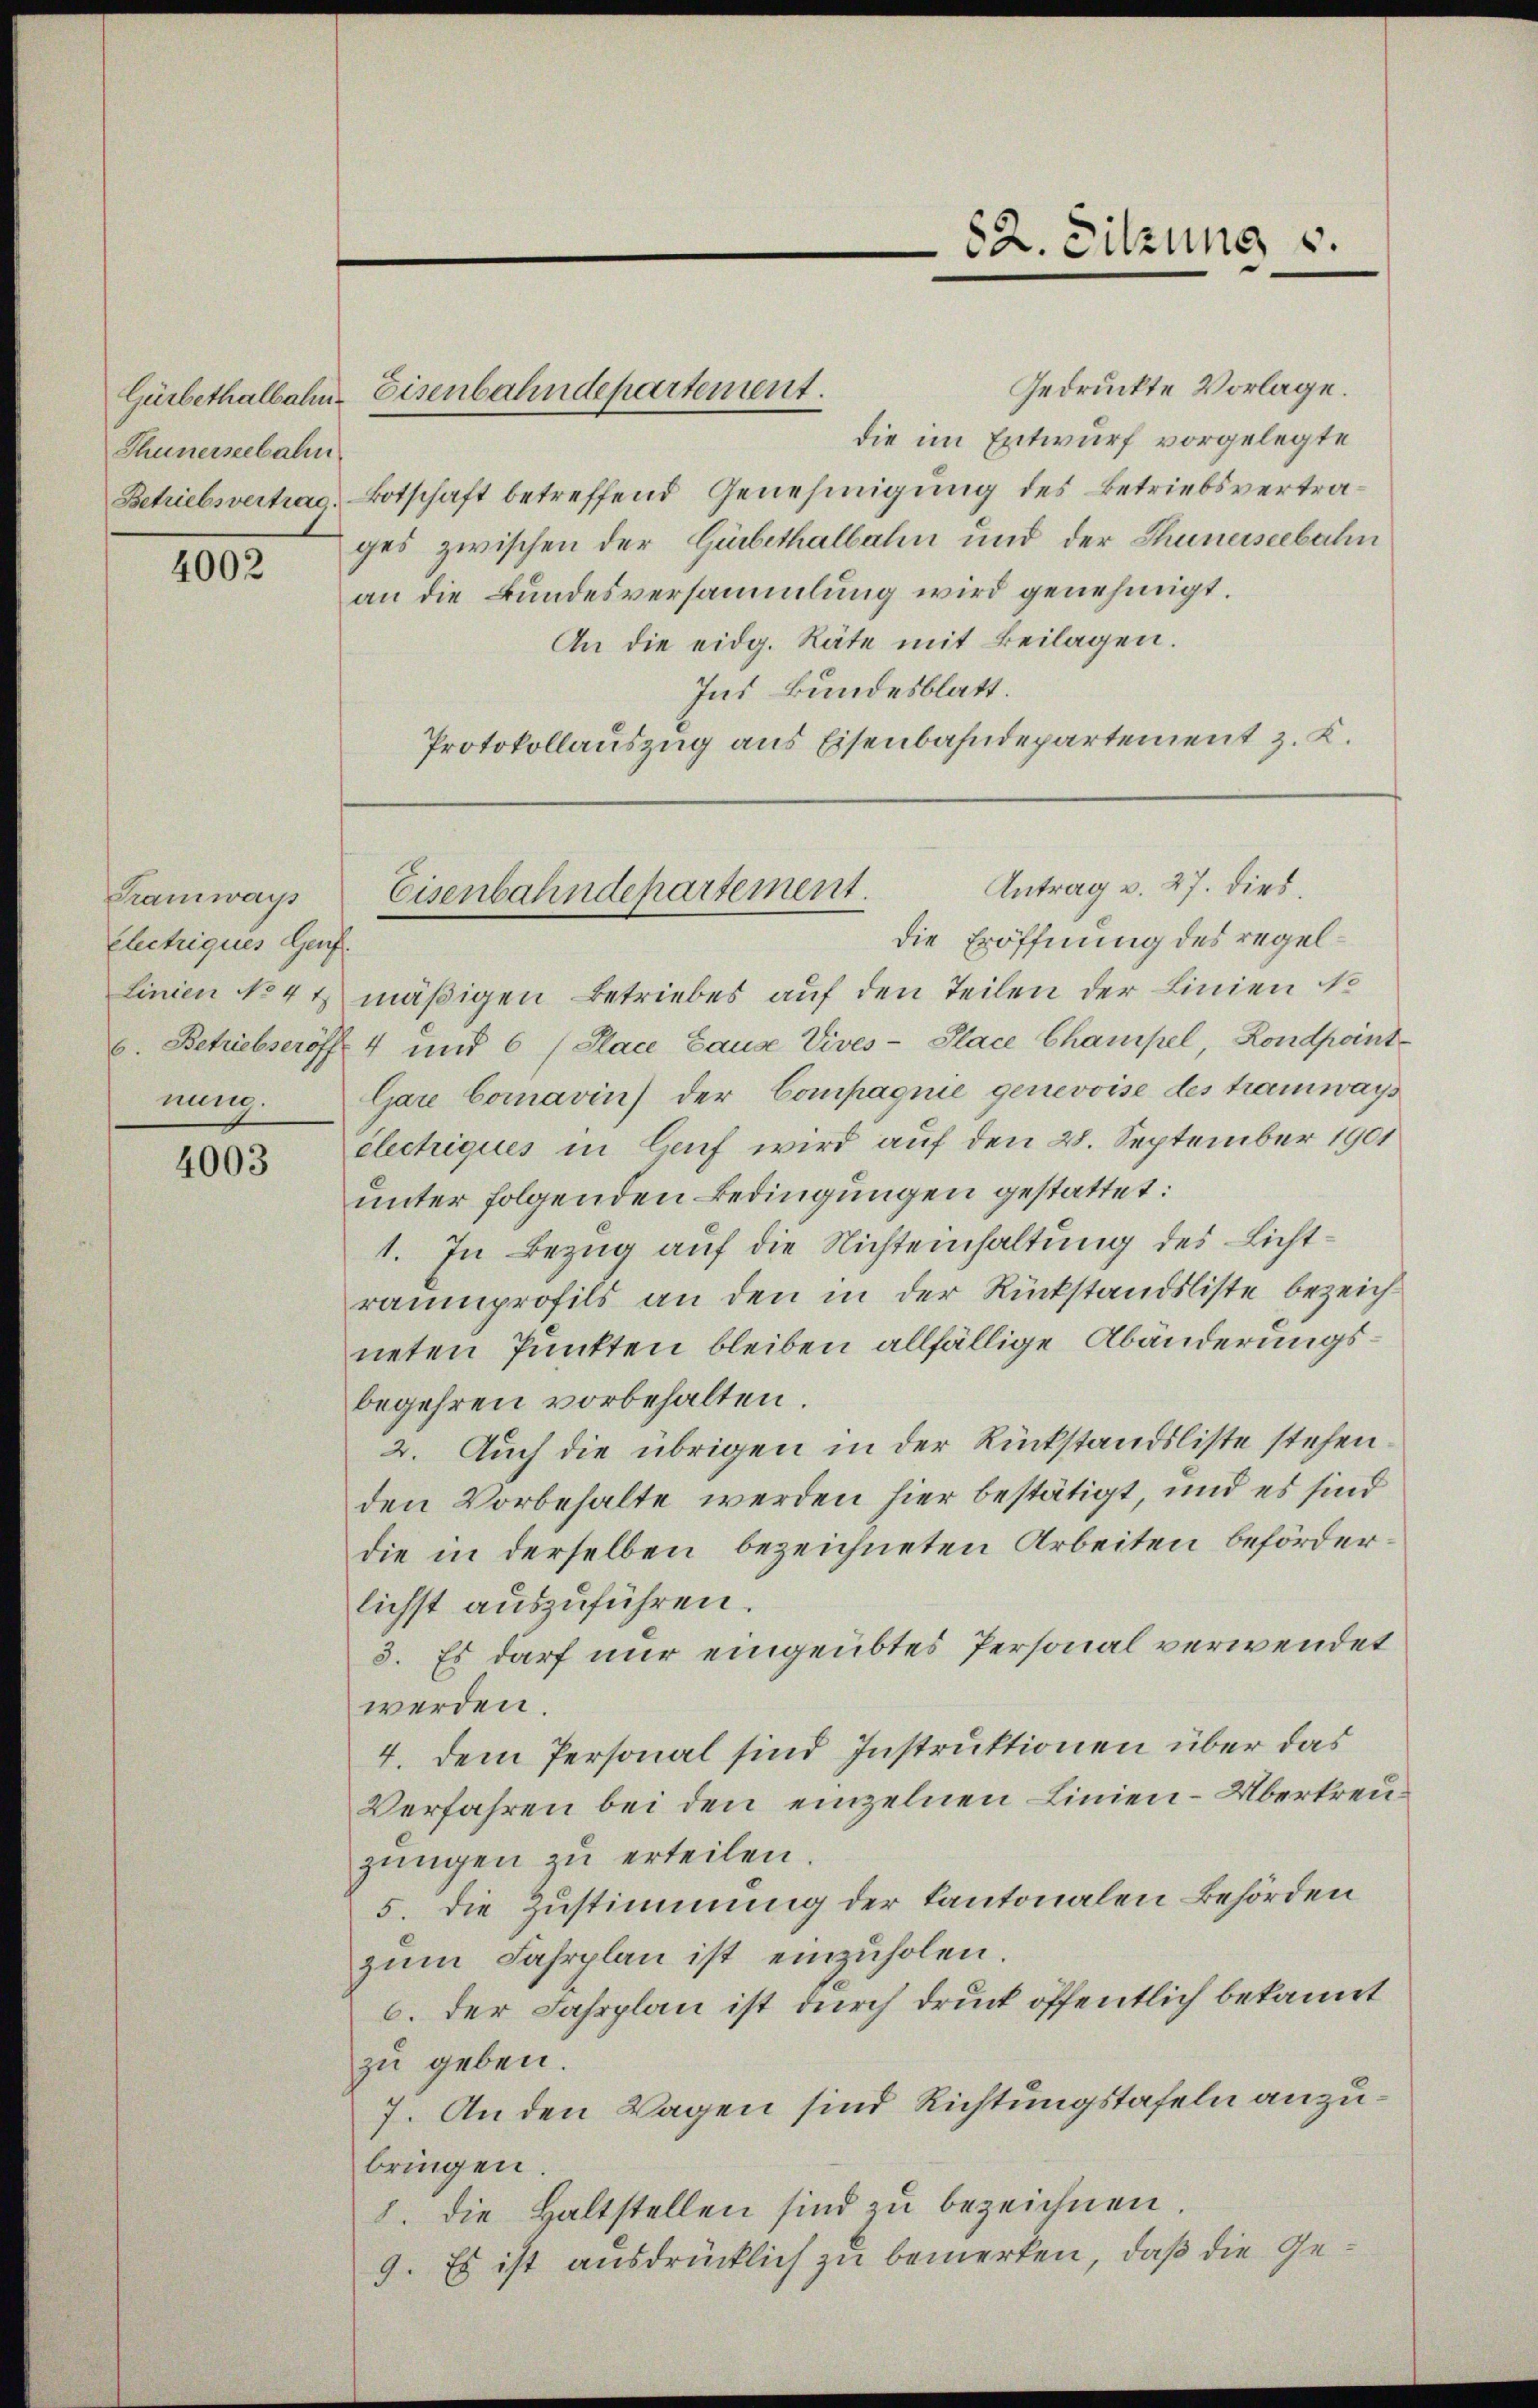
Gürbethalbahn
Thunerseebahn
Betriebsvertrag.

4002

Tramways
Electriques Genf.
Linien No 4 t
nung.

4003

Gedruckte Vorlage.
die im Entwurf vorgelegte
Botschaft betreffend Genehmigung des Betriebsvertrages zwischen der Gürbethalbahn und der Thunerseebahn
an die Bundesversammlung wird genehmigt.
An die eidg. Räte mit Beilagen.
Ins Bundesblatt.
Protokollauszug aus Eisenbahndepartement z. K.

die Eröffnung des regelmäßigen Betriebes auf den Teilen der Linien No
6. Betriebseröff. 4 und 6 (Place Cause Vives- Place Champel, Rondpoint
Gare Comavin) der Compagnie genevoise des tramways
électriques in Lauf wird auf den 28. September 1901
unter folgenden Bedingungen gestattet:
1. In Bezug auf die Nichteinhaltung des Lichtraumprofils an den in der Rückstandsliste bezeichneten Punkten bleiben allfällige Abänderungsbegehren vorbehalten.
2. Auch die übrigen in der Rückstandsliste stehen
den Vorbehalte werden hier bestätigt, und es sind
die in derselben bezeichneten Arbeiten beförderlichst auszuführen.
3. Es darf nur eingeübtes Personal verwendet
werden.
4. Dem Personal sind Instruktionen über das
Verfahren bei den einzelnen Linien-Übertreuzŭngen zu erteilen.
5. Die Zustimmung der Kantonalen Behörden
zum Fahrplan ist einzuholen.
6. der Fahrplan ist durch druck öffentlich bekannt
zu geben.
7. An den Wagen sind Richtungstafeln anzubringen.
8. die Haltstellen sind zu bezeichnen
9. Es ist ausdrücklich zu bemerken, daß die Ge¬

Eisenbahndepartement.

82. Sitzung u.

Antrag v. 27. dies.
Eisenbahndepartement.